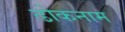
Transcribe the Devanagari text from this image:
ढोकनाम